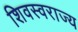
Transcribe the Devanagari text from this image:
शिवस्वराज्य